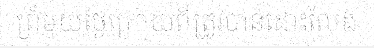
ព្រំមួយថ្ងៃក្រោយពីត្រូវបានដោះលែង